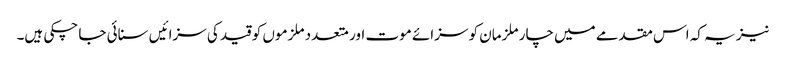
نیز یہ کہ اس مقدمے میں چار ملزمان کو سزائے موت اور متعدد ملزموں کو قید کی سزائیں سنائی جا چکی ہیں۔